Annual report of the Civil Veterinary Department, Bengal, for the year 1897-98 - 1897-1898
Year: 1897
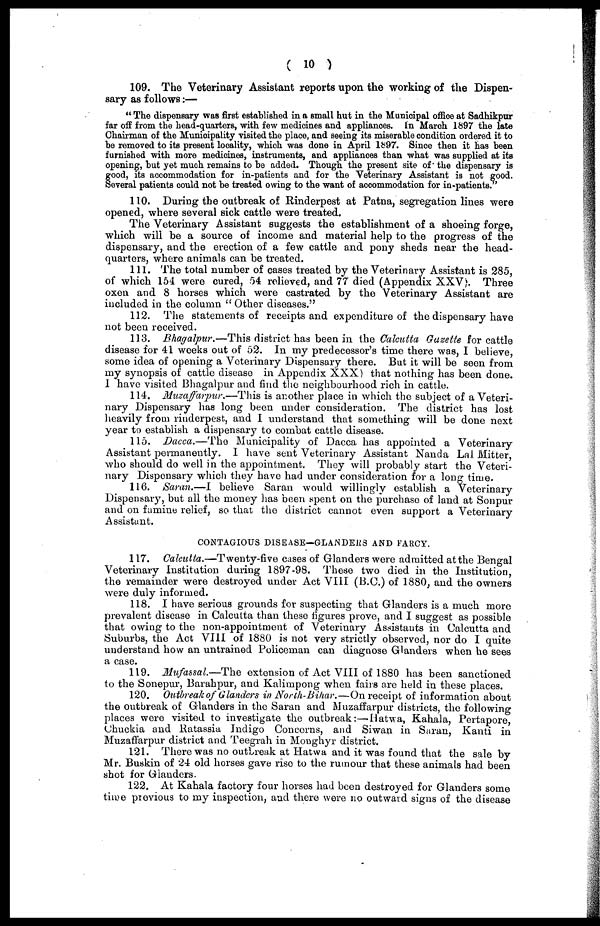
( 10 )
109. The Veterinary Assistant reports upon the working of the Dispen-
sary as follows:—
" The dispensary was first established in a small hut in the Municipal office at Sadhikpur
far off from the head-quarters, with few medicines and appliances. In March 1897 the late
Chairman of the Municipality visited the place, and seeing its miserable condition ordered it to
be removed to its present locality, which was done in April 1897. Since then it has been
furnished with more medicines, instruments, and appliances than what was supplied at its
opening, but yet much remains to be added. Though the present site of the dispensary is
good, its accommodation for in-patients and for the Veterinary Assistant is not good.
Several patients could not be treated owing to the want of accommodation for in-patients.
110. During the outbreak of Rinderpest at Patna, segregation lines were
opened, where several sick cattle were treated.
The Veterinary Assistant suggests the establishment of a shoeing forge,
which will be a source of income and material help to the progress of the
dispensary, and the erection of a few cattle and pony sheds near the head-
quarters, where animals can be treated.
111. The total number of cases treated by the Veterinary Assistant is 285,
of which 154 were cured, 54 relieved, and 77 died (Appendix XXV). Three
oxen and 8 horses which wore castrated by the Veterinary Assistant are
included in the column " Other diseases."
112. The statements of receipts and expenditure of the dispensary have
not been received.
113. Bhagalpur.—This district has been in the Calcutta Gazette for cattle
disease for 41 weeks out of 52. In my predecessor's time there was, I believe,
some idea of opening a Veterinary Dispensary there. But it will be seen from
my synopsis of cattle disease in Appendix XXX) that nothing has been done.
I have visited Bhagalpur and find the neighbourhood rich in cattle.
114. Muzaffarpur.—This
is another place in which the subject of a Veteri-
nary Dispensary has long been under consideration. The district has lost
heavily from rinderpest, and I understand that something will be done next
year to establish a dispensary to combat cattle disease.
115. Dacca.—The
Municipality of Dacca has appointed a Veterinary
Assistant permanently. 1 have sent Veterinary Assistant Nanda Lal Mitter,
who should do well in the appointment. They will probably start the Veteri-
nary Dispensary which they have had under consideration for a long time.
116. Saran.—I believe Saran would willingly establish a Veterinary
Dispensary, but all the money has been spent on the purchase of land at Sonpur
and on famine relief, so that the district cannot even support a Veterinary
Assistant.
CONTAGIOUS DISEASE—GLANDERS AND FARCY.
117. Calcutta.—Twenty-five
cases of Glanders were admitted at the Bengal
Veterinary Institution during 1897-98. These two died in the Institution,
the remainder were destroyed under Act VIII (B.C.) of 1880, and the owners
were duly informed.
118. I have serious grounds for suspecting that Glanders is a much more
prevalent disease in Calcutta than these figures prove, and I suggest as possible
that owing to the non-appointment of Veterinary Assistants in Calcutta and
Suburbs, the Act VIII of 1880 is not very strictly observed, nor do I quite
understand how an untrained Policeman can diagnose Glanders when he sees
a case.
119. Mufassal.—The
extension of Act VIII of 1880 has been sanctioned
to the Sonepur, Barahpur, and Kalimpong when fairs are held in these places.
120. Outbreak of Glanders in North-Bihar.—On receipt of information about
the outbreak of Glanders in the Saran and Muzaffarpur districts, the following
places were visited to investigate the outbreak:—Hatwa, Kahala, Pertapore,
Chuckia and Ratassia Indigo Concerns, and Siwan in Saran, Kanti in
Muzaffarpur district and Teegrah in Monghyr district.
121. There was no outbreak at Hatwa and it was found that the sale by
Mr. Buskin of 24 old horses gave rise to the rumour that these animals had been
shot for Glanders.
122. At Kahala factory four horses had been destroyed for Glanders some
time previous to my inspection, and there wore no outward signs of the disease